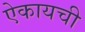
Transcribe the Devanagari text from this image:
ऐकायची